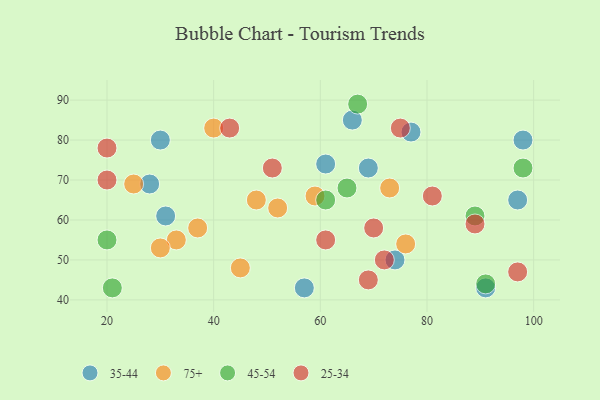
{"axis": {"x": "GDP", "y": "Life Expectancy"}, "legend": ["25-34", "35-44", "45-54", "75+"], "data": [{"x": "91", "y": 43, "type": "35-44"}, {"x": "97", "y": 65, "type": "35-44"}, {"x": "66", "y": 85, "type": "35-44"}, {"x": "57", "y": 43, "type": "35-44"}, {"x": "74", "y": 50, "type": "35-44"}, {"x": "28", "y": 69, "type": "35-44"}, {"x": "31", "y": 61, "type": "35-44"}, {"x": "98", "y": 80, "type": "35-44"}, {"x": "61", "y": 74, "type": "35-44"}, {"x": "69", "y": 73, "type": "35-44"}, {"x": "30", "y": 80, "type": "35-44"}, {"x": "77", "y": 82, "type": "35-44"}, {"x": "37", "y": 58, "type": "75+"}, {"x": "45", "y": 48, "type": "75+"}, {"x": "40", "y": 83, "type": "75+"}, {"x": "52", "y": 63, "type": "75+"}, {"x": "73", "y": 68, "type": "75+"}, {"x": "25", "y": 69, "type": "75+"}, {"x": "33", "y": 55, "type": "75+"}, {"x": "76", "y": 54, "type": "75+"}, {"x": "48", "y": 65, "type": "75+"}, {"x": "59", "y": 66, "type": "75+"}, {"x": "30", "y": 53, "type": "75+"}, {"x": "21", "y": 43, "type": "45-54"}, {"x": "89", "y": 61, "type": "45-54"}, {"x": "65", "y": 68, "type": "45-54"}, {"x": "20", "y": 55, "type": "45-54"}, {"x": "98", "y": 73, "type": "45-54"}, {"x": "61", "y": 65, "type": "45-54"}, {"x": "91", "y": 44, "type": "45-54"}, {"x": "67", "y": 89, "type": "45-54"}, {"x": "69", "y": 45, "type": "25-34"}, {"x": "97", "y": 47, "type": "25-34"}, {"x": "89", "y": 59, "type": "25-34"}, {"x": "20", "y": 70, "type": "25-34"}, {"x": "51", "y": 73, "type": "25-34"}, {"x": "20", "y": 78, "type": "25-34"}, {"x": "61", "y": 55, "type": "25-34"}, {"x": "43", "y": 83, "type": "25-34"}, {"x": "81", "y": 66, "type": "25-34"}, {"x": "72", "y": 50, "type": "25-34"}, {"x": "75", "y": 83, "type": "25-34"}, {"x": "70", "y": 58, "type": "25-34"}]}